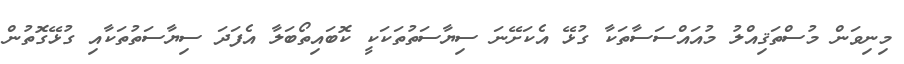
މިނިވަން މުސްތަޤިއްލު މުއައްސަސާތަކާ ގުޅޭ އެކަށޭނަ ސިޔާސަތުތަކަކީ ކޮބައިތޯބަލާ އެފަދަ ސިޔާސަތުތަކާއި ގުޅޭގޮތުން